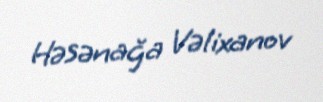
Həsənağa Vəlixanov